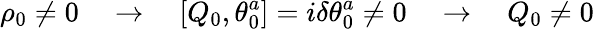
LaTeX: \rho_{0}\not=0\quad\rightarrow\quad[Q_{0},\theta_{0}^{a}]=i\delta\theta_{0}^{a}\not=0\quad\rightarrow\quad Q_{0}\not=0